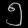
Digit: ၅